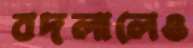
বদলালেও